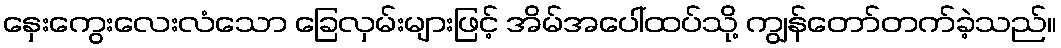
နှေးကွေးလေးလံသော ခြေလှမ်းများဖြင့် အိမ်အပေါ်ထပ်သို့ ကျွန်တော်တက်ခဲ့သည်။